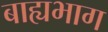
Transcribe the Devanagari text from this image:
बाह्यभाग